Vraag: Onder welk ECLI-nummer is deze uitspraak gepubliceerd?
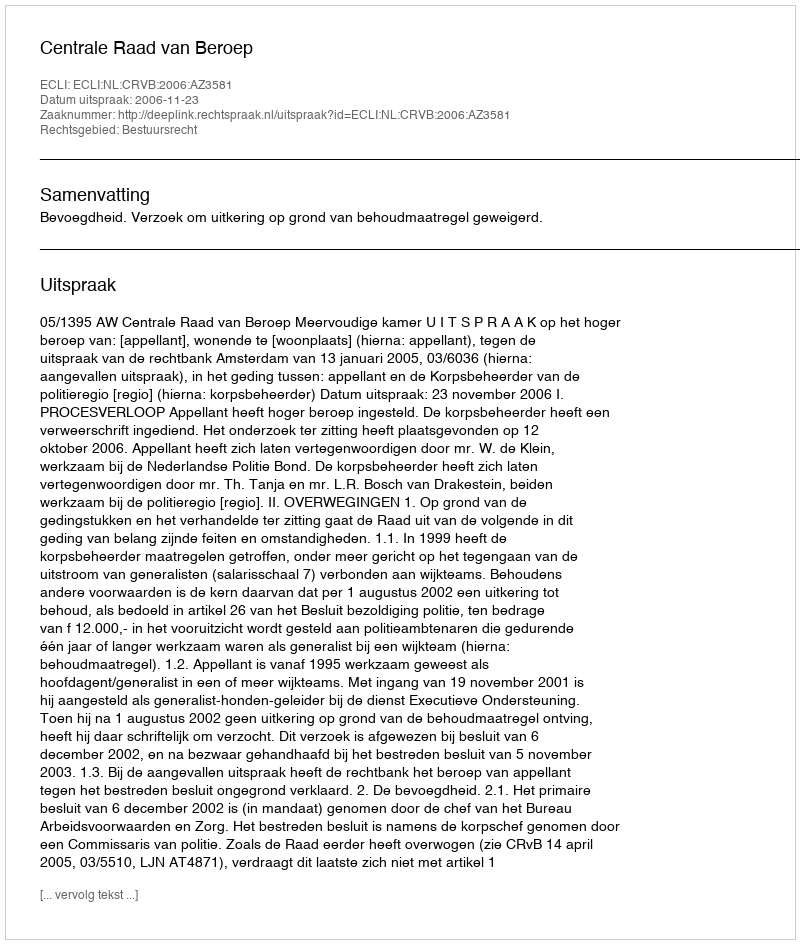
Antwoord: ECLI:NL:CRVB:2006:AZ3581